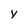
Character: y